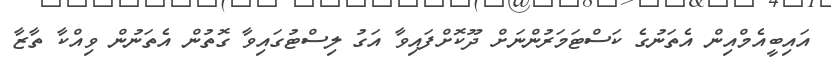
އައިބީއެމްއިން އެތަނުގެ ކަސްޓަމަރުންނަށް ދޫކޮށްފައިވާ އަގު ލިސްޓުގައިވާ ގޮތުން އެތަނުން ވިއްކާ ތާޒާ